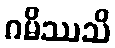
ဂမိဿသိ